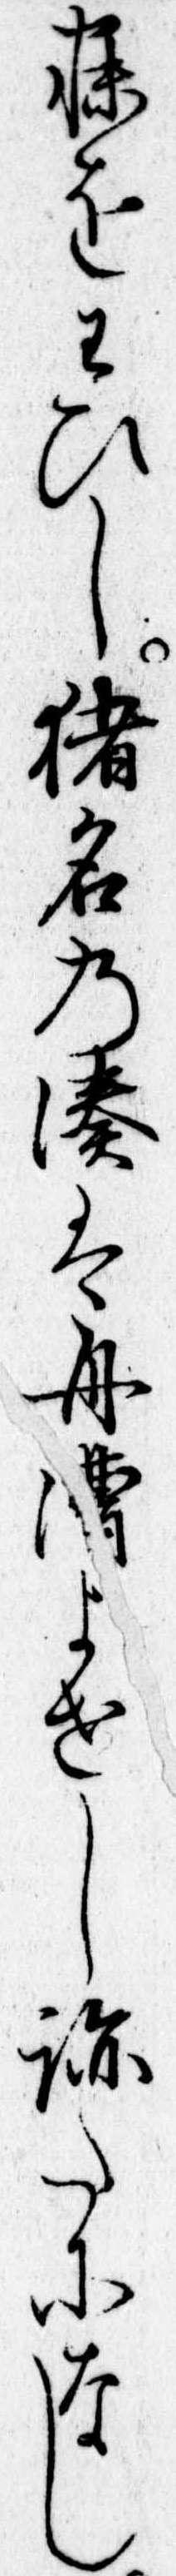
寐をわひし猪名の湊は舟漕よせし跡たになし